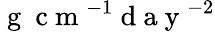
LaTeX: \mathrm{~g~}\mathrm{~c~m~}^{-1}\mathrm{~d~a~y~}^{-2}